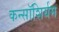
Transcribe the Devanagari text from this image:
कन्सॉशिर्यम